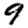
Digit: 9